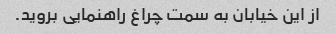
از این خیابان به سمت چراغ راهنمایی بروید.